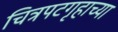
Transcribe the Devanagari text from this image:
चित्रपटगृहाच्या